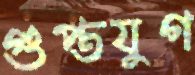
গুপ্তযুগ